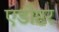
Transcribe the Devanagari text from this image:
एडोप्टर